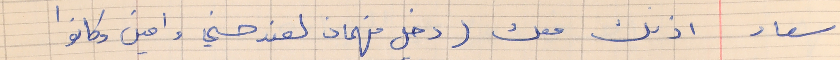
سعاد    اذنك معك (دخل فهمان لعند حسني وامين وكانوا